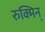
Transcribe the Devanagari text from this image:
रुक्मिन्‌